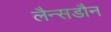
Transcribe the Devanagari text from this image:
लैन्सडौन